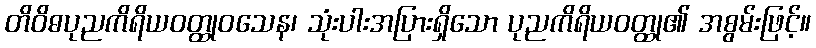
တိဝိဓပုညကိရိယဝတ္ထုဝသေန၊ သုံးပါးအပြားရှိသော ပုညကိရိယဝတ္ထု၏ အစွမ်းဖြင့်။